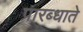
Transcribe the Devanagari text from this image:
प्रारब्धाते